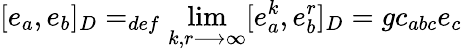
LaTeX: [e_{a},e_{b}]_{D}=_{def}\operatorname*{lim}_{k,r\longrightarrow\infty}[e_{a}^{k},e_{b}^{r}]_{D}=gc_{abc}e_{c}